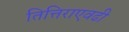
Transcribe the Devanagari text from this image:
तित्तिराएवढी